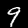
Label: 9